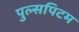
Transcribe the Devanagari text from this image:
पुल्सपिटम